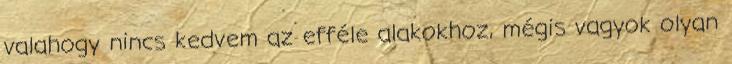
valahogy nincs kedvem az efféle alakokhoz, mégis vagyok olyan